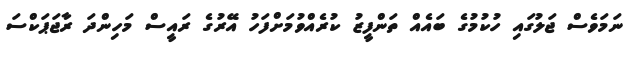
ނަމަވެސް ޖަލުގައި ހުކުމުގެ ބައެއް ތަންފީޒު ކުރެއްވުމަށްފަހު އޭރުގެ ރައީސް މަހިންދަ ރާޖަޕަކްސަ